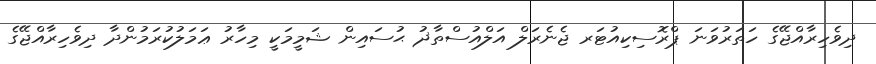
ދިވެހިރާއްޖޭގެ ހަތަރުވަނަ ޕްރޮސިކިއުޓަރ ޖެނެރަލް އަލްއުސްތާޛު ޙުސައިން ޝަމީމަކީ މިހާރު ޢަމަލުކުރަމުންދާ ދިވެހިރާއްޖޭގެ